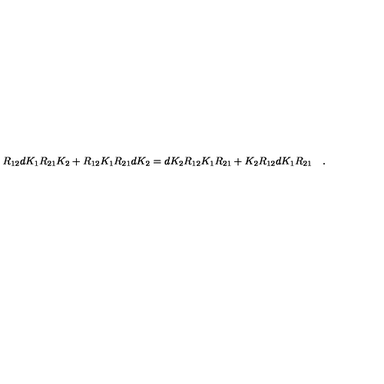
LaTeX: R _ { 1 2 } d K _ { 1 } R _ { 2 1 } K _ { 2 } + R _ { 1 2 } K _ { 1 } R _ { 2 1 } d K _ { 2 } = d K _ { 2 } R _ { 1 2 } K _ { 1 } R _ { 2 1 } + K _ { 2 } R _ { 1 2 } d K _ { 1 } R _ { 2 1 } \quad .